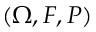
( \Omega , { \cal { F } } , P )